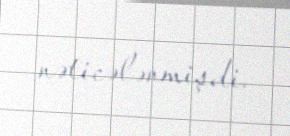
nəticələnmişdi.